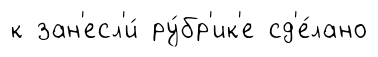
к зан'есл'и́ ру́бр'ик'е сд'е́лано